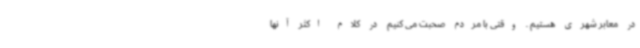
در معابر شهری هستیم . وقتی با مردم صحبت می کنیم در کلام اکثر آنها